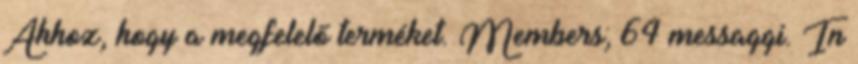
Ahhoz, hogy a megfelelő terméket. Members; 64 messaggi. In